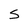
Character: S